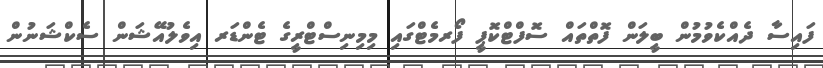
ފައިސާ ދެއްކެވުމުން ބީލަން ފޮތްތައް ސޮފްޓްކޮޕީ ފޯރމެޓްގައި މިމިނިސްޓްރީގެ ޓެންޑަރ އިވެލުއޭޝަން ސެކްޝަނުން